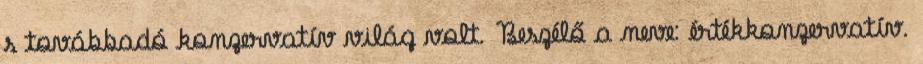
s továbbadó konzervatív világ volt. Beszélő a neve: értékkonzervatív.